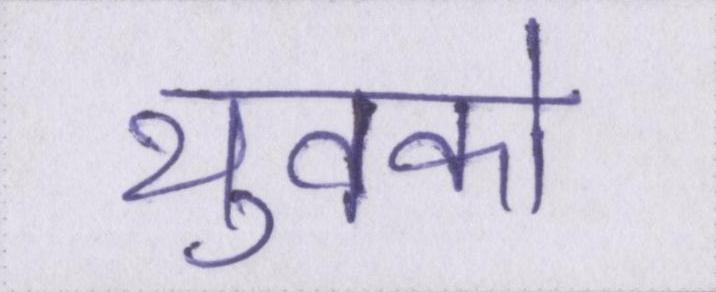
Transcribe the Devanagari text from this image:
युवको